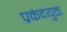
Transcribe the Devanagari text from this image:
प्रकंदयुक्त